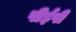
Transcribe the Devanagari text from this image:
पीईपी